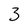
Character: 3